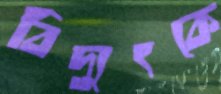
বিদ্যুৎকে